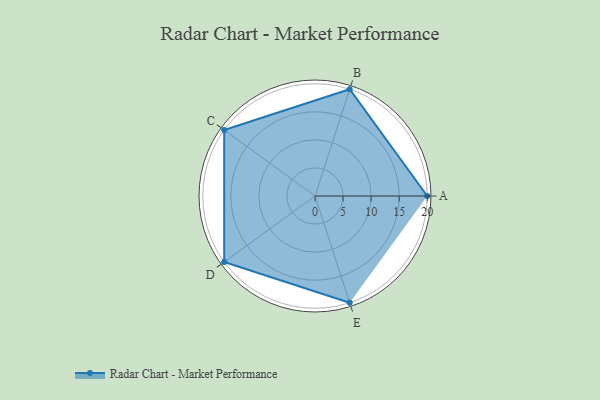
{"axis": {"x": "Skill", "y": "Score"}, "legend": ["Profile"], "data": [{"x": "A", "y": 20.0, "type": "Profile"}, {"x": "B", "y": 20, "type": "Profile"}, {"x": "C", "y": 20, "type": "Profile"}, {"x": "D", "y": 20, "type": "Profile"}, {"x": "E", "y": 20, "type": "Profile"}]}